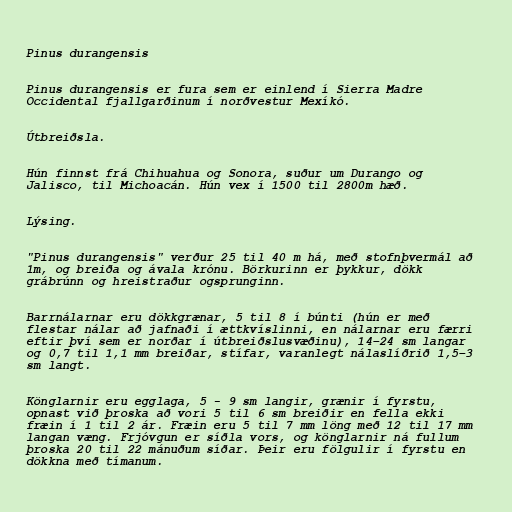
Pinus durangensis

Pinus durangensis er fura sem er einlend í Sierra Madre
Occidental fjallgarðinum í norðvestur Mexíkó.

Útbreiðsla.

Hún finnst frá Chihuahua og Sonora, suður um Durango og
Jalisco, til Michoacán. Hún vex í 1500 til 2800m hæð.

Lýsing.

"Pinus durangensis" verður 25 til 40 m há, með stofnþvermál að
1m, og breiða og ávala krónu. Börkurinn er þykkur, dökk
grábrúnn og hreistraður ogsprunginn.

Barrnálarnar eru dökkgrænar, 5 til 8 í búnti (hún er með
flestar nálar að jafnaði í ættkvíslinni, en nálarnar eru færri
eftir því sem er norðar í útbreiðslusvæðinu), 14–24 sm langar
og 0,7 til 1,1 mm breiðar, stífar, varanlegt nálaslíðrið 1,5–3
sm langt.

Könglarnir eru egglaga, 5 - 9 sm langir, grænir í fyrstu,
opnast við þroska að vori 5 til 6 sm breiðir en fella ekki
fræin í 1 til 2 ár. Fræin eru 5 til 7 mm löng með 12 til 17 mm
langan væng. Frjóvgun er síðla vors, og könglarnir ná fullum
þroska 20 til 22 mánuðum síðar. Þeir eru fölgulir í fyrstu en
dökkna með tímanum.